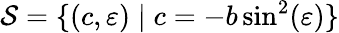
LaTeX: \mathcal{S}=\{ (c,\varepsilon)\mid c=-b\sin^{2}(\varepsilon)\}